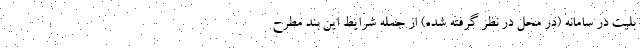
بلیت در سامانه (در محل در نظر گرفته شده) از جمله شرایط این بند مطرح